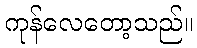
ကုန်လေတော့သည်။